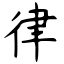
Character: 律